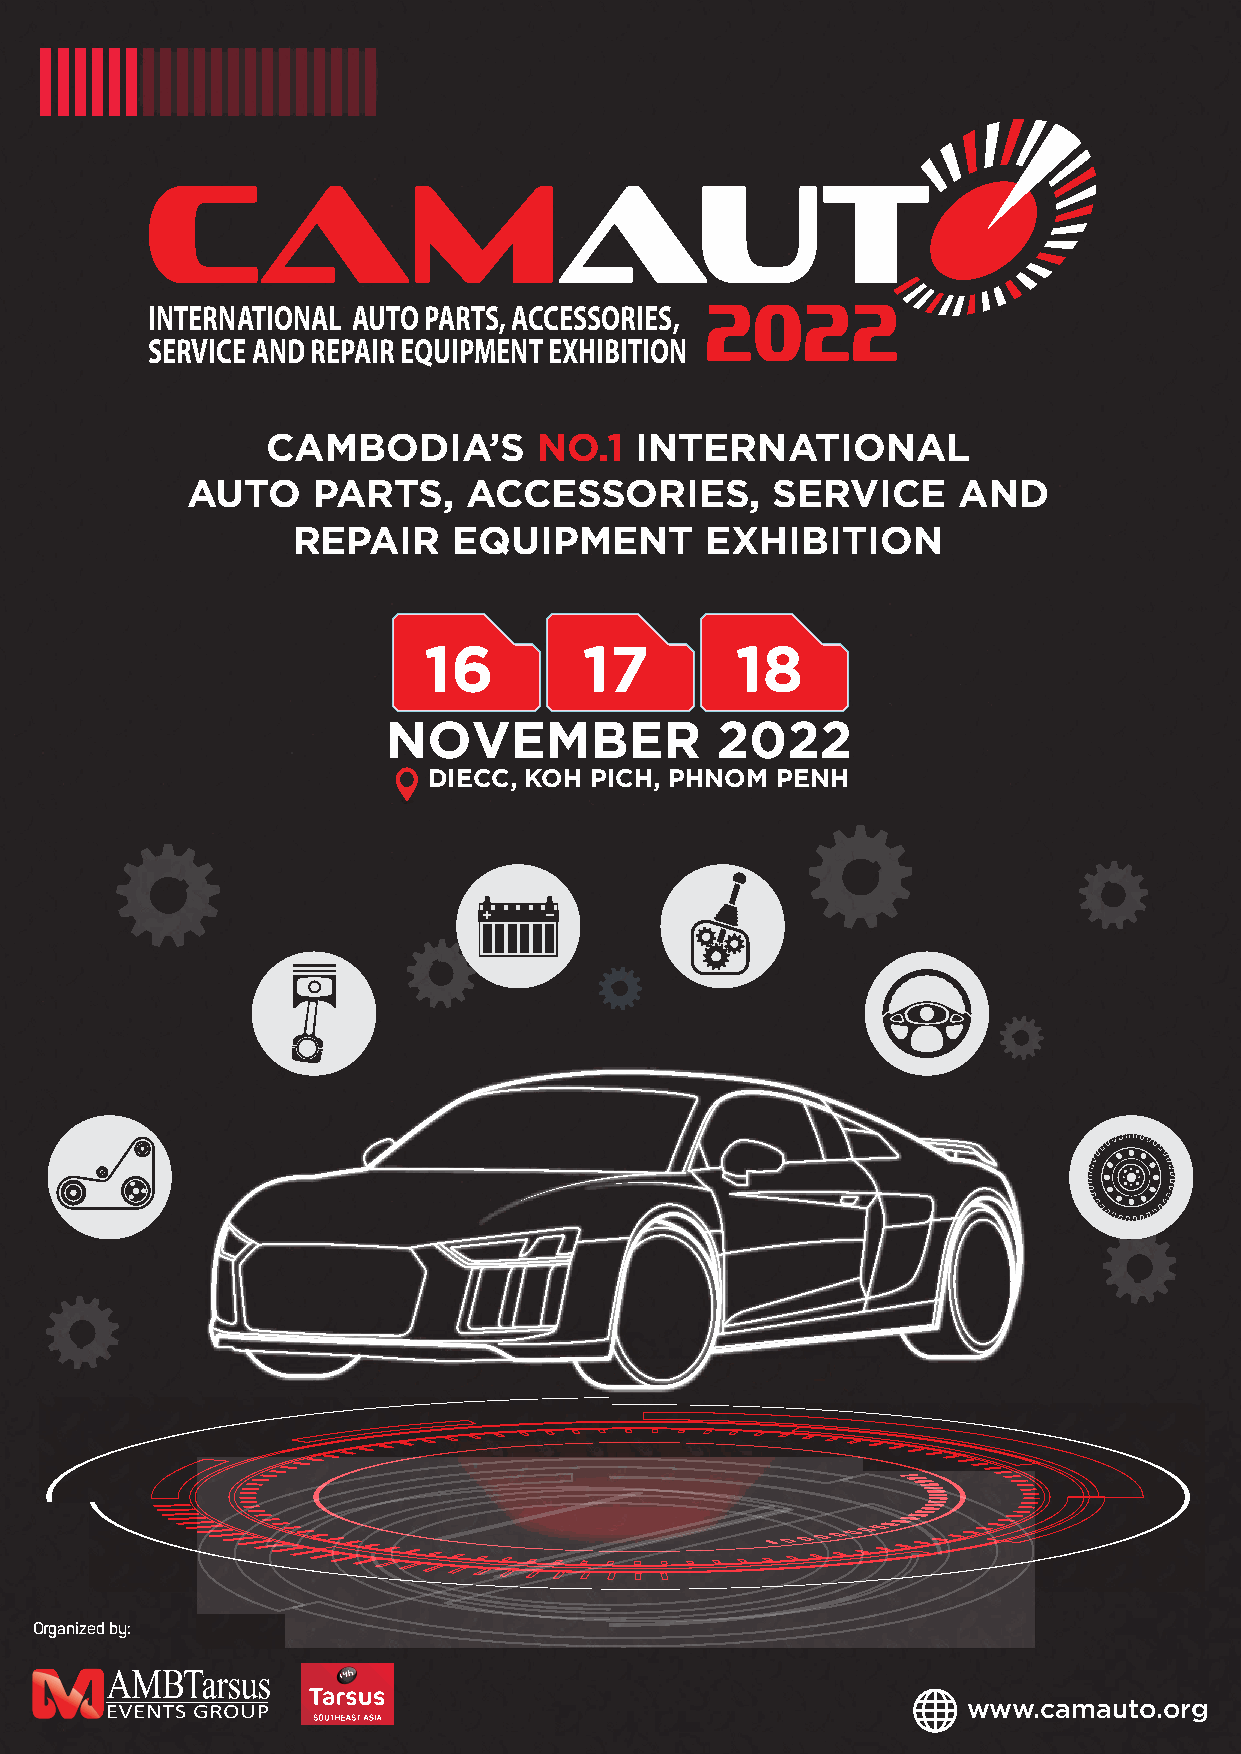
CAMAUT
 2022
 INTERNATIONAL AUTO PARTS, ACCESSORIES,
 SERVICE AND REPAIR EQUIPMENT EXHIBITION
 CAMBODIA’S       NO.1   INTERNATIONAL
 AUTO     PARTS,    ACCESSORIES,        SERVICE     AND
 REPAIR     EQUIPMENT        EXHIBITION
 16         17        18
 NOVEMBER             2022
 DIECC, KOH PICH, PHNOM PENH
 Organized by:
 www.camauto.org